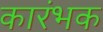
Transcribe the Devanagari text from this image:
कारंभक